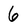
Character: 6